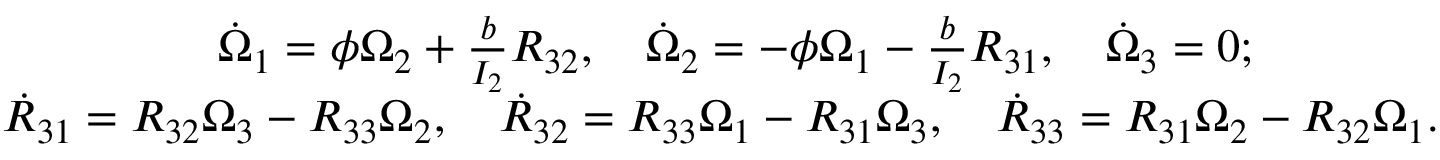
\begin{array} { r } { \dot { \Omega } _ { 1 } = \phi \Omega _ { 2 } + \frac { b } { I _ { 2 } } R _ { 3 2 } , \quad \dot { \Omega } _ { 2 } = - \phi \Omega _ { 1 } - \frac { b } { I _ { 2 } } R _ { 3 1 } , \quad \dot { \Omega } _ { 3 } = 0 ; \qquad \qquad } \\ { \dot { R } _ { 3 1 } = R _ { 3 2 } \Omega _ { 3 } - R _ { 3 3 } \Omega _ { 2 } , \quad \dot { R } _ { 3 2 } = R _ { 3 3 } \Omega _ { 1 } - R _ { 3 1 } \Omega _ { 3 } , \quad \dot { R } _ { 3 3 } = R _ { 3 1 } \Omega _ { 2 } - R _ { 3 2 } \Omega _ { 1 } . } \end{array}